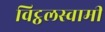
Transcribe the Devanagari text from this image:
विट्ठलस्वामी